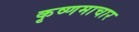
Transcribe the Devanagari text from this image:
कृष्णमाचार